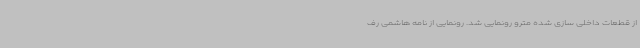
از قطعات داخلی سازی شده مترو رونمایی شد. رونمایی از نامه هاشمی رف